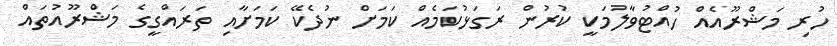
ހުރި މަޝްރޫއެއް ހުއްޓުވާލުމަކީ ކުރުން ރަގަޅުކަމެއް ކަމަށް ނުދެކޭ ކަމަށާއި ތަރައްގީގެ މަޝްރޫއުތައް